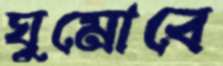
ঘুমোবে